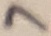
Text: 7